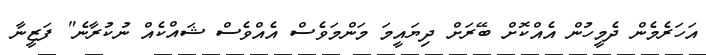
އަހަރެމެން ދެމީހުން އެއްކޮށް ބޭރަށް ދިޔައީމަ މަންމަވެސް އެއްވެސް ޝައްކެއް ނުކުރާނެ" ފަޒީނާ